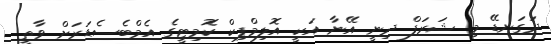
ދަގަނޑޭ މި ޝަރަފް ދިނީ އޭނާ އަކީ އޮލިމްޕިކް ކޮމިޓީގެ އެމްބެސެޑަރަށް ވާތީ